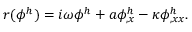
r ( \phi ^ { h } ) = i \omega \phi ^ { h } + a \phi _ { , x } ^ { h } - \kappa \phi _ { , x x } ^ { h } .